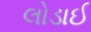
લોડાઈ